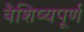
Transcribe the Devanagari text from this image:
वैशिष्यपूर्ण